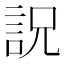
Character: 詋